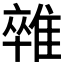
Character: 𨿼